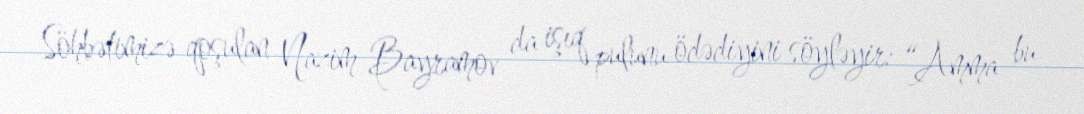
Söhbətimizə qoşulan Nazim Bayramov da işıq pulunu ödədiyini söyləyir: “Amma bu